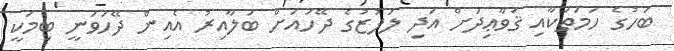
ބަހުގެ ހަމަތަކާއި ޤަވާޢިދަށް އަދި ލަފުޒުގެ ދޭހައަށް ބަލާއިރު އެއިން ދޭހަވަނީ ބިމަކީ